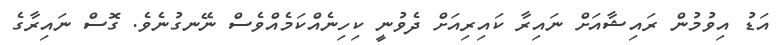
އަޑު އިވުމުން ރައިޝާއަށް ނައިރާ ކައިރިއަށް ދެވުނީ ކިހިނެއްކަމެއްވެސް ނޭނގުނެވެ. ގޮސް ނައިރާގެ